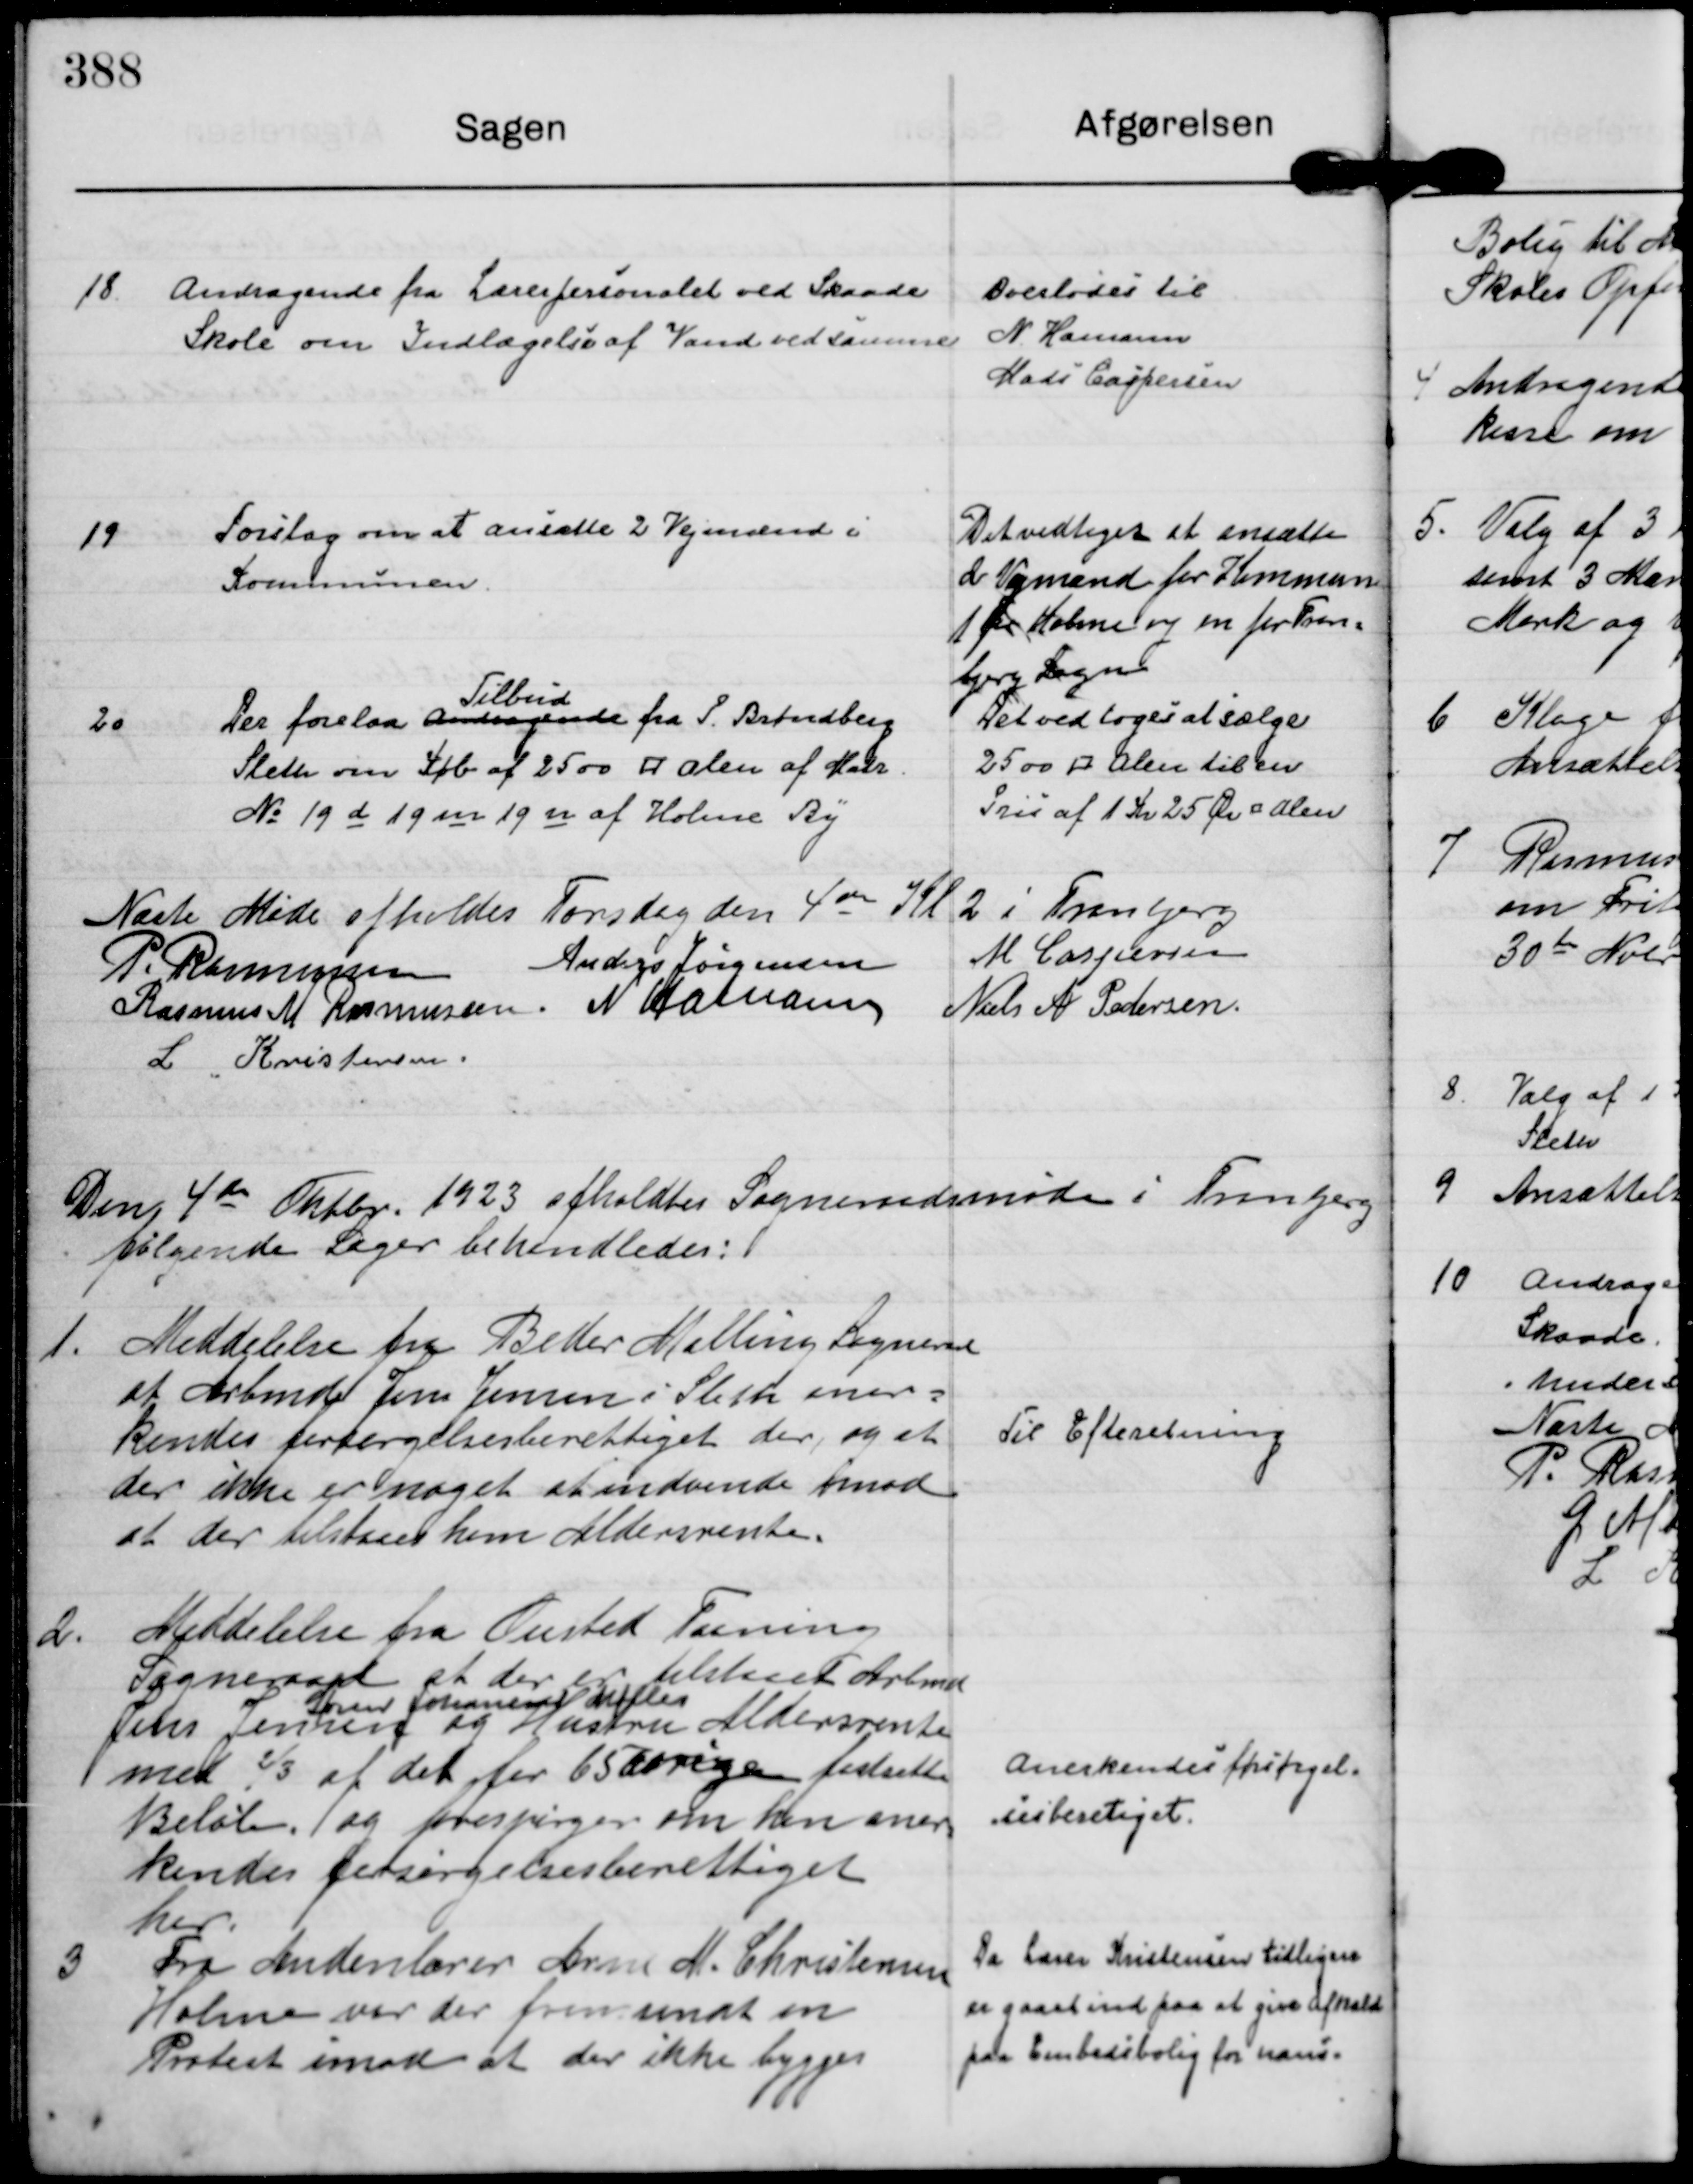
Transskription:
18.
Andragende fra Lærerpersonalet ved Skaade
Skole om Indlægelse af Vand ved samme

Overlodes til
N. Hamann
Mads Caspersen

19
Forslag om at ansætte 2 Vejmænd i
Kommunen.

Det vedtoges at ansætte
2 Vejmænd for Kommun
1 for Holme og en for Tran=
Bjerg Sogn

20
Der forelaa Andragende
Tilbud
fra P. Brøndberg
Sleth om Køb af 2500 ⁥ alen af Matr. 
No 19 d 19 m 19 n af Holme By

Det vedtoges at sælge
2500 ⁥ alen til en
Pris af 1 Kr 25 Øre ⁥ alen

Næste Møde afholdes Torsdag den 4 de Kl 2 i Tranbjerg
P. Rasmussen
Anders Jørgensen
M Caspersen
Rasmus M Rasmussen.
N Hamann
Niels A Pedersen.
L Kristensen.

Den 4 de Oktbr. 1923 afholdtes Sogneraadsmøde i Tranbjerg
følgende Sager behandledes:

1.
Meddelelse fra Beder Malling Sognerad
at Arbmd Jens Jensen i Sleth aner=
kendes forsørgelsesberettiget der, og at
der ikke er noget at indvende imod
at der tilstaaes ham Aldersrente.

Til Efteretning

2.
Meddelelse fra Ousted Taaning
Sogneraad at der er tilstaaet Arbmd
Søren Johannes Møller
Jens Jensen og Hustru Aldersrente
med ⅔ af det for 65 aarige fastsatte
Beløb, og forespørger om han aner=
kendes forsørgelsesberettiget
her.

Anerkendes forsørgel=
sesberetiget.

3
Fra Andenlærer Arne M. Christensen
Holme var der fremsendt en
Protest imod at der ikke bygges

Da Lærer Kristensen tidligere
er gaaet ind paa at give afkald
paa Embedsbolig for hans=